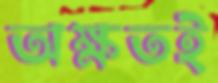
অক্ষতই